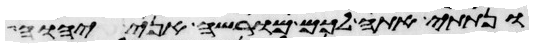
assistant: ונתתי אתה לכם מורשה אני יהוה